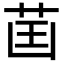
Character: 𦮒